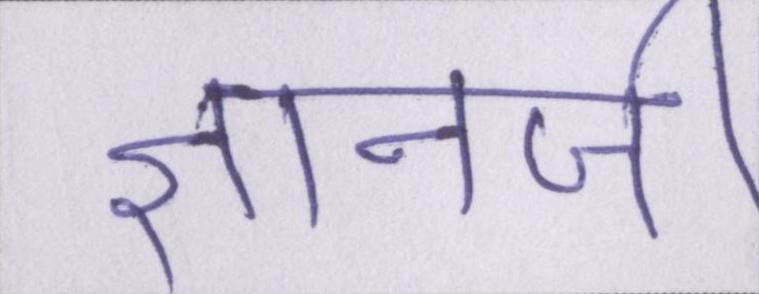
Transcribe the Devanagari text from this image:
ज्ञानजी